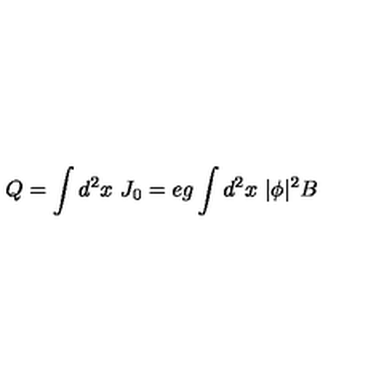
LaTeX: Q = \int d ^ { 2 } x \ J _ { 0 } = e g \int d ^ { 2 } x \ | \phi | ^ { 2 } B